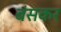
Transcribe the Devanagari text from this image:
बंसकर